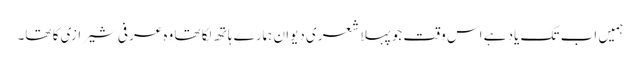
ہمیں اب تک یاد ہے اس وقت جو پہلا شعری دیوان ہمارے ہاتھ لگا تھا وہ عرفی شیرازی کا تھا۔